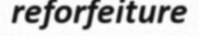
reforfeiture